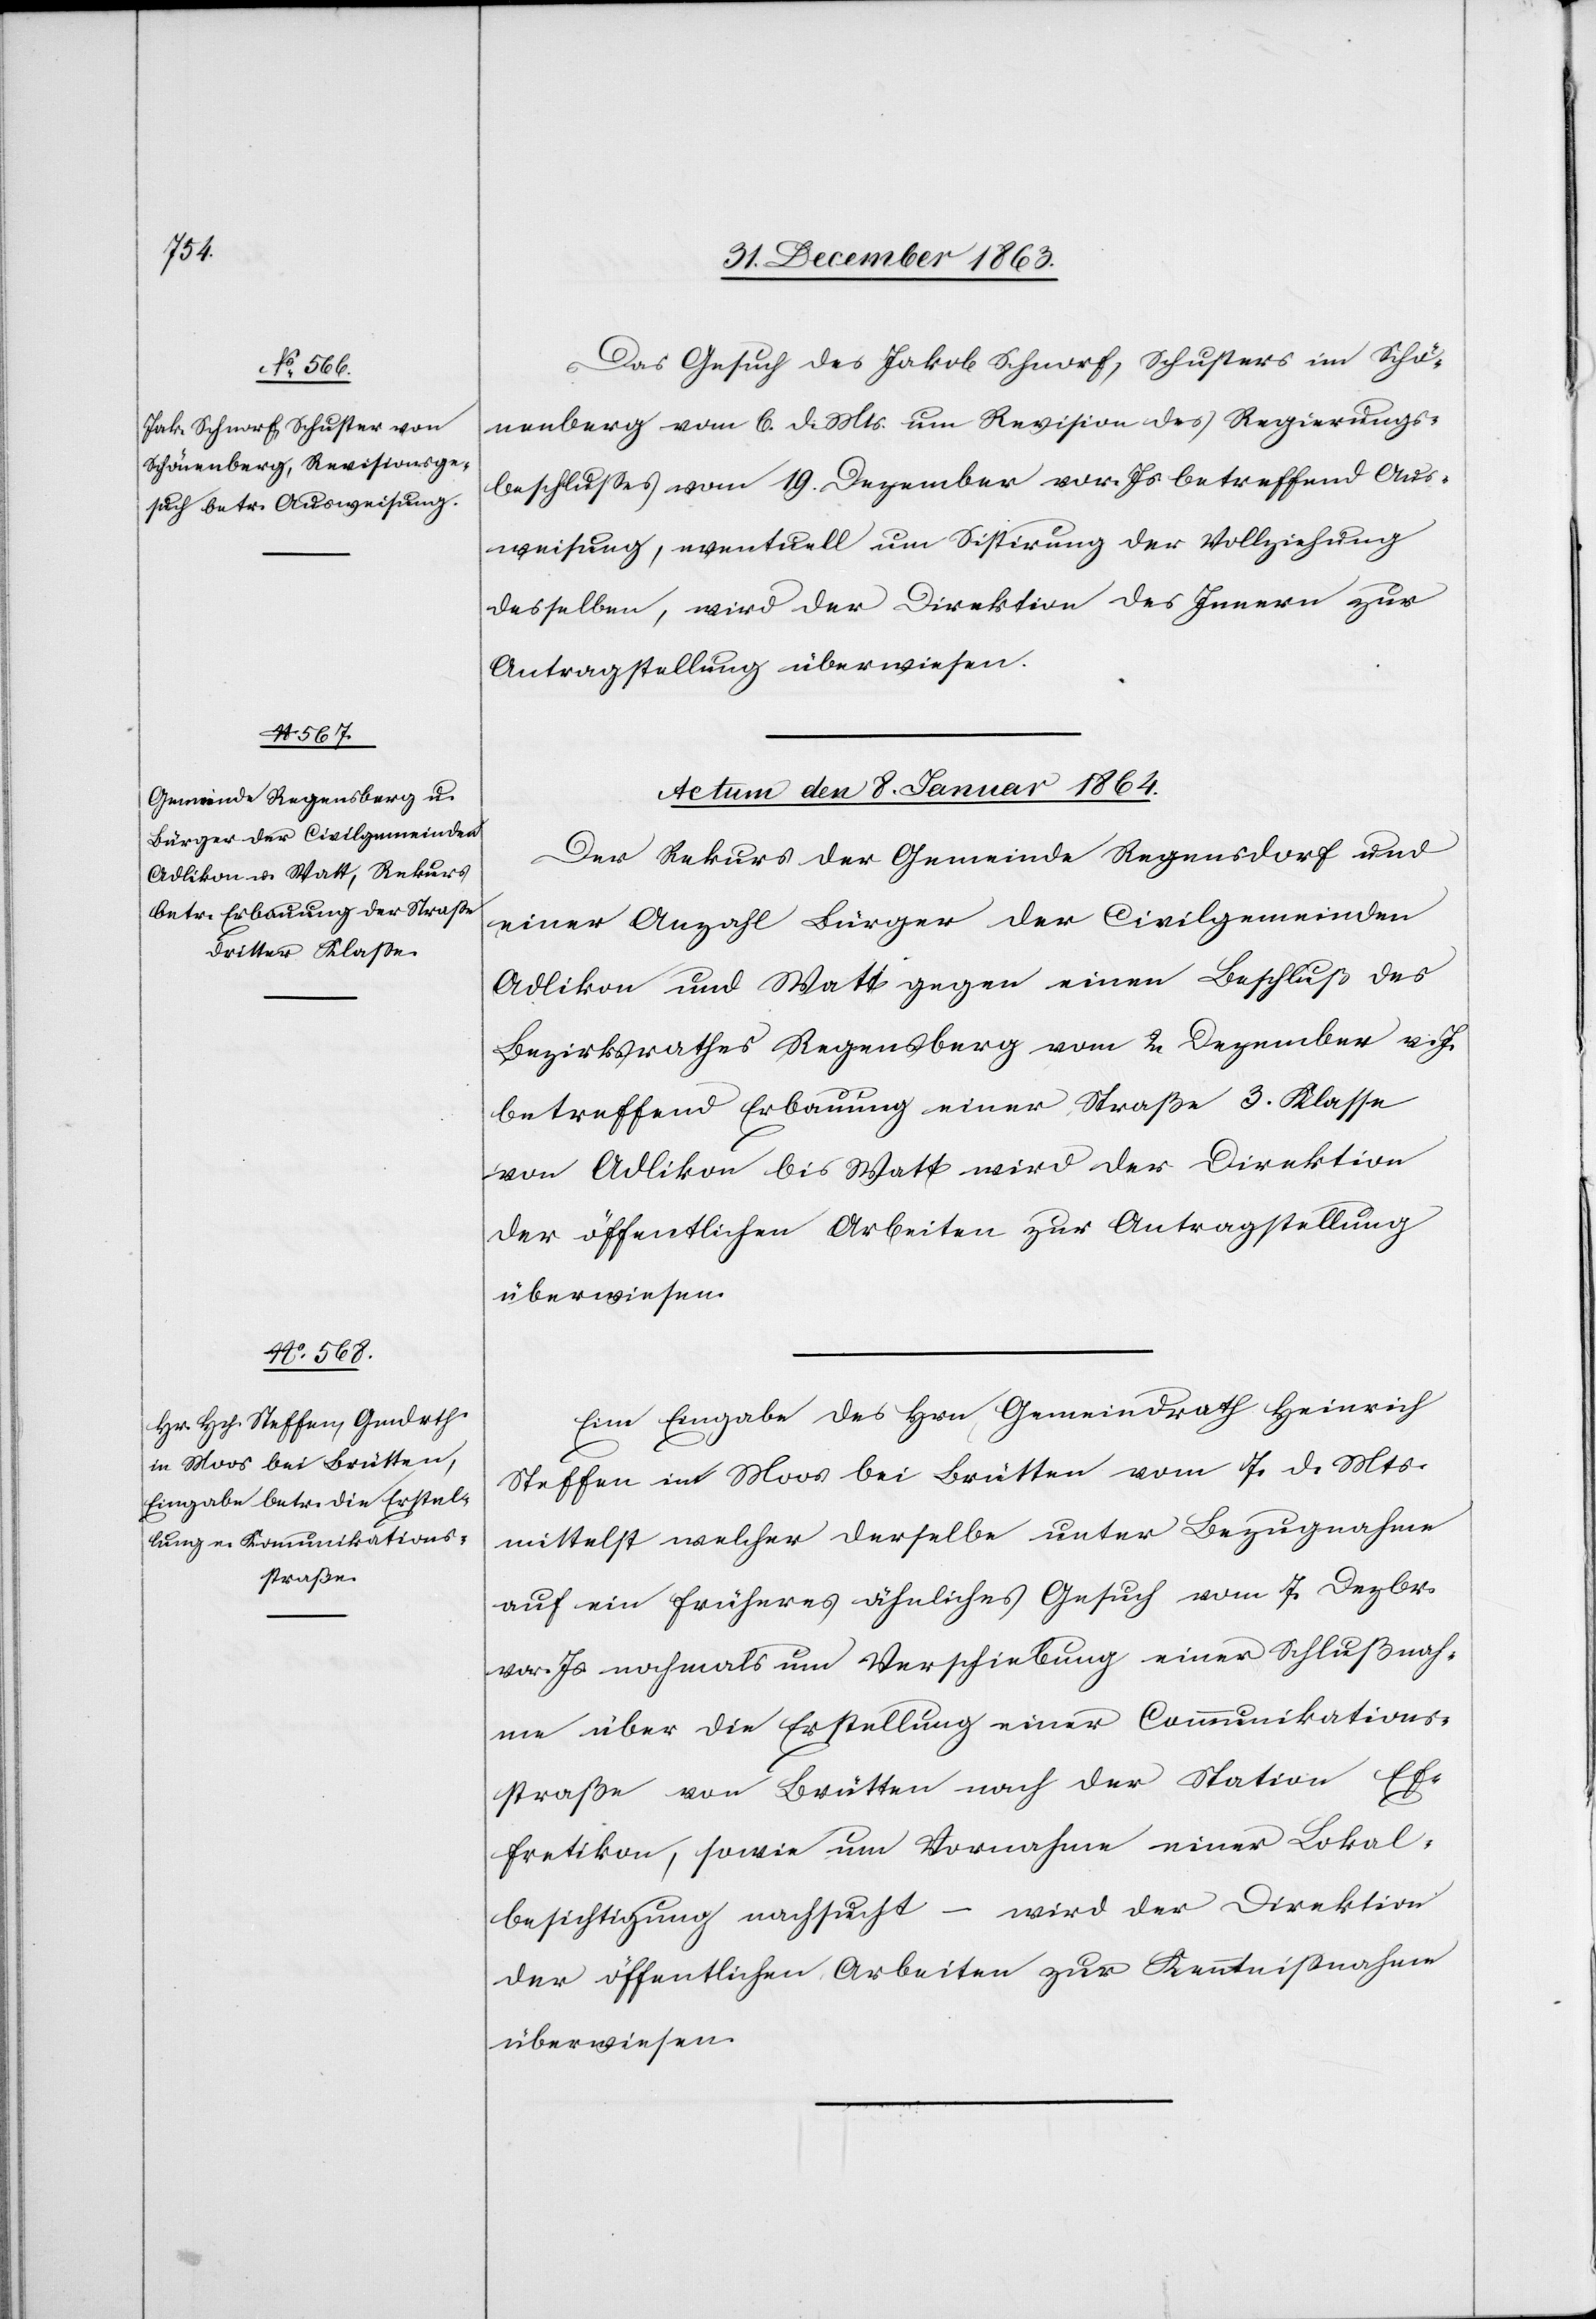
Das Gesuch des Jakob Schnorf, Schusters im Schö¬
nenberg vom 6. d. Mts. um Revision des Regierungs¬
beschlusses vom 19. Dezember vor. Js. betreffend Aus¬
weisung, eventuell um Sistirung der Vollziehung
desselben, wird der Direktion des Innern zur
Antragstellung überwiesen.
Actum den 8. Januar 1864.]
Der Rekurs der Gemeinde Regensdorf und
einer Anzahl Bürger der Civilgemeinden
Adlikon und Watt gegen einen Beschluß des
Bezirksrathes Regensberg vom 2. Dezember v. J.
betreffend Erbauung einer Straße 3. Klasse
von Adlikon bis Watt wird der Direktion
der öffentlichen Arbeiten zur Antragstellung
überwiesen.
Eine Eingabe des Hrn Gemeindrath Heinrich
Steffen im Moos bei Brütten vom 7. d. Mts.
mittelst welcher derselbe unter Bezugnahme
auf ein früheres ähnliches Gesuch vom 7. Dezbr.
vor. Js. nochmals um Verschiebung einer Schlußnah¬
me über die Erstellung einer Communikations¬
straße von Brütten nach der Station Ef¬
fretikon, sowie um Vornahme einer Lokal¬
besichtigung nachsucht – wird der Direktion
der öffentlichen Arbeiten zur Kenntnißnahme
überwiesen.